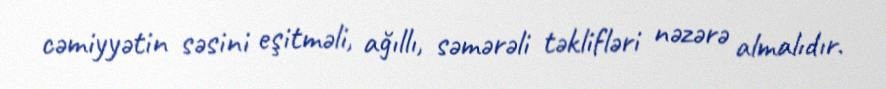
cəmiyyətin səsini eşitməli, ağıllı, səmərəli təklifləri nəzərə almalıdır.